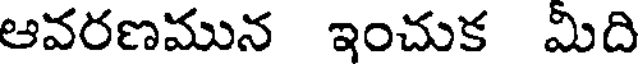
ఆవరణమున ఇంచుక మిది